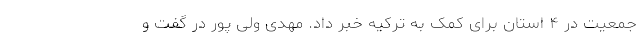
جمعیت در ۴ استان برای کمک به ترکیه خبر داد. مهدی ولی پور در گفت و